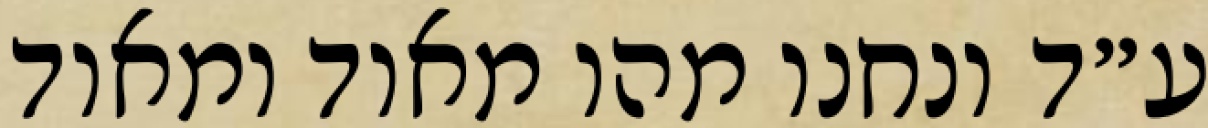
ע״ד ונחנו מהו מאוד ומאוד